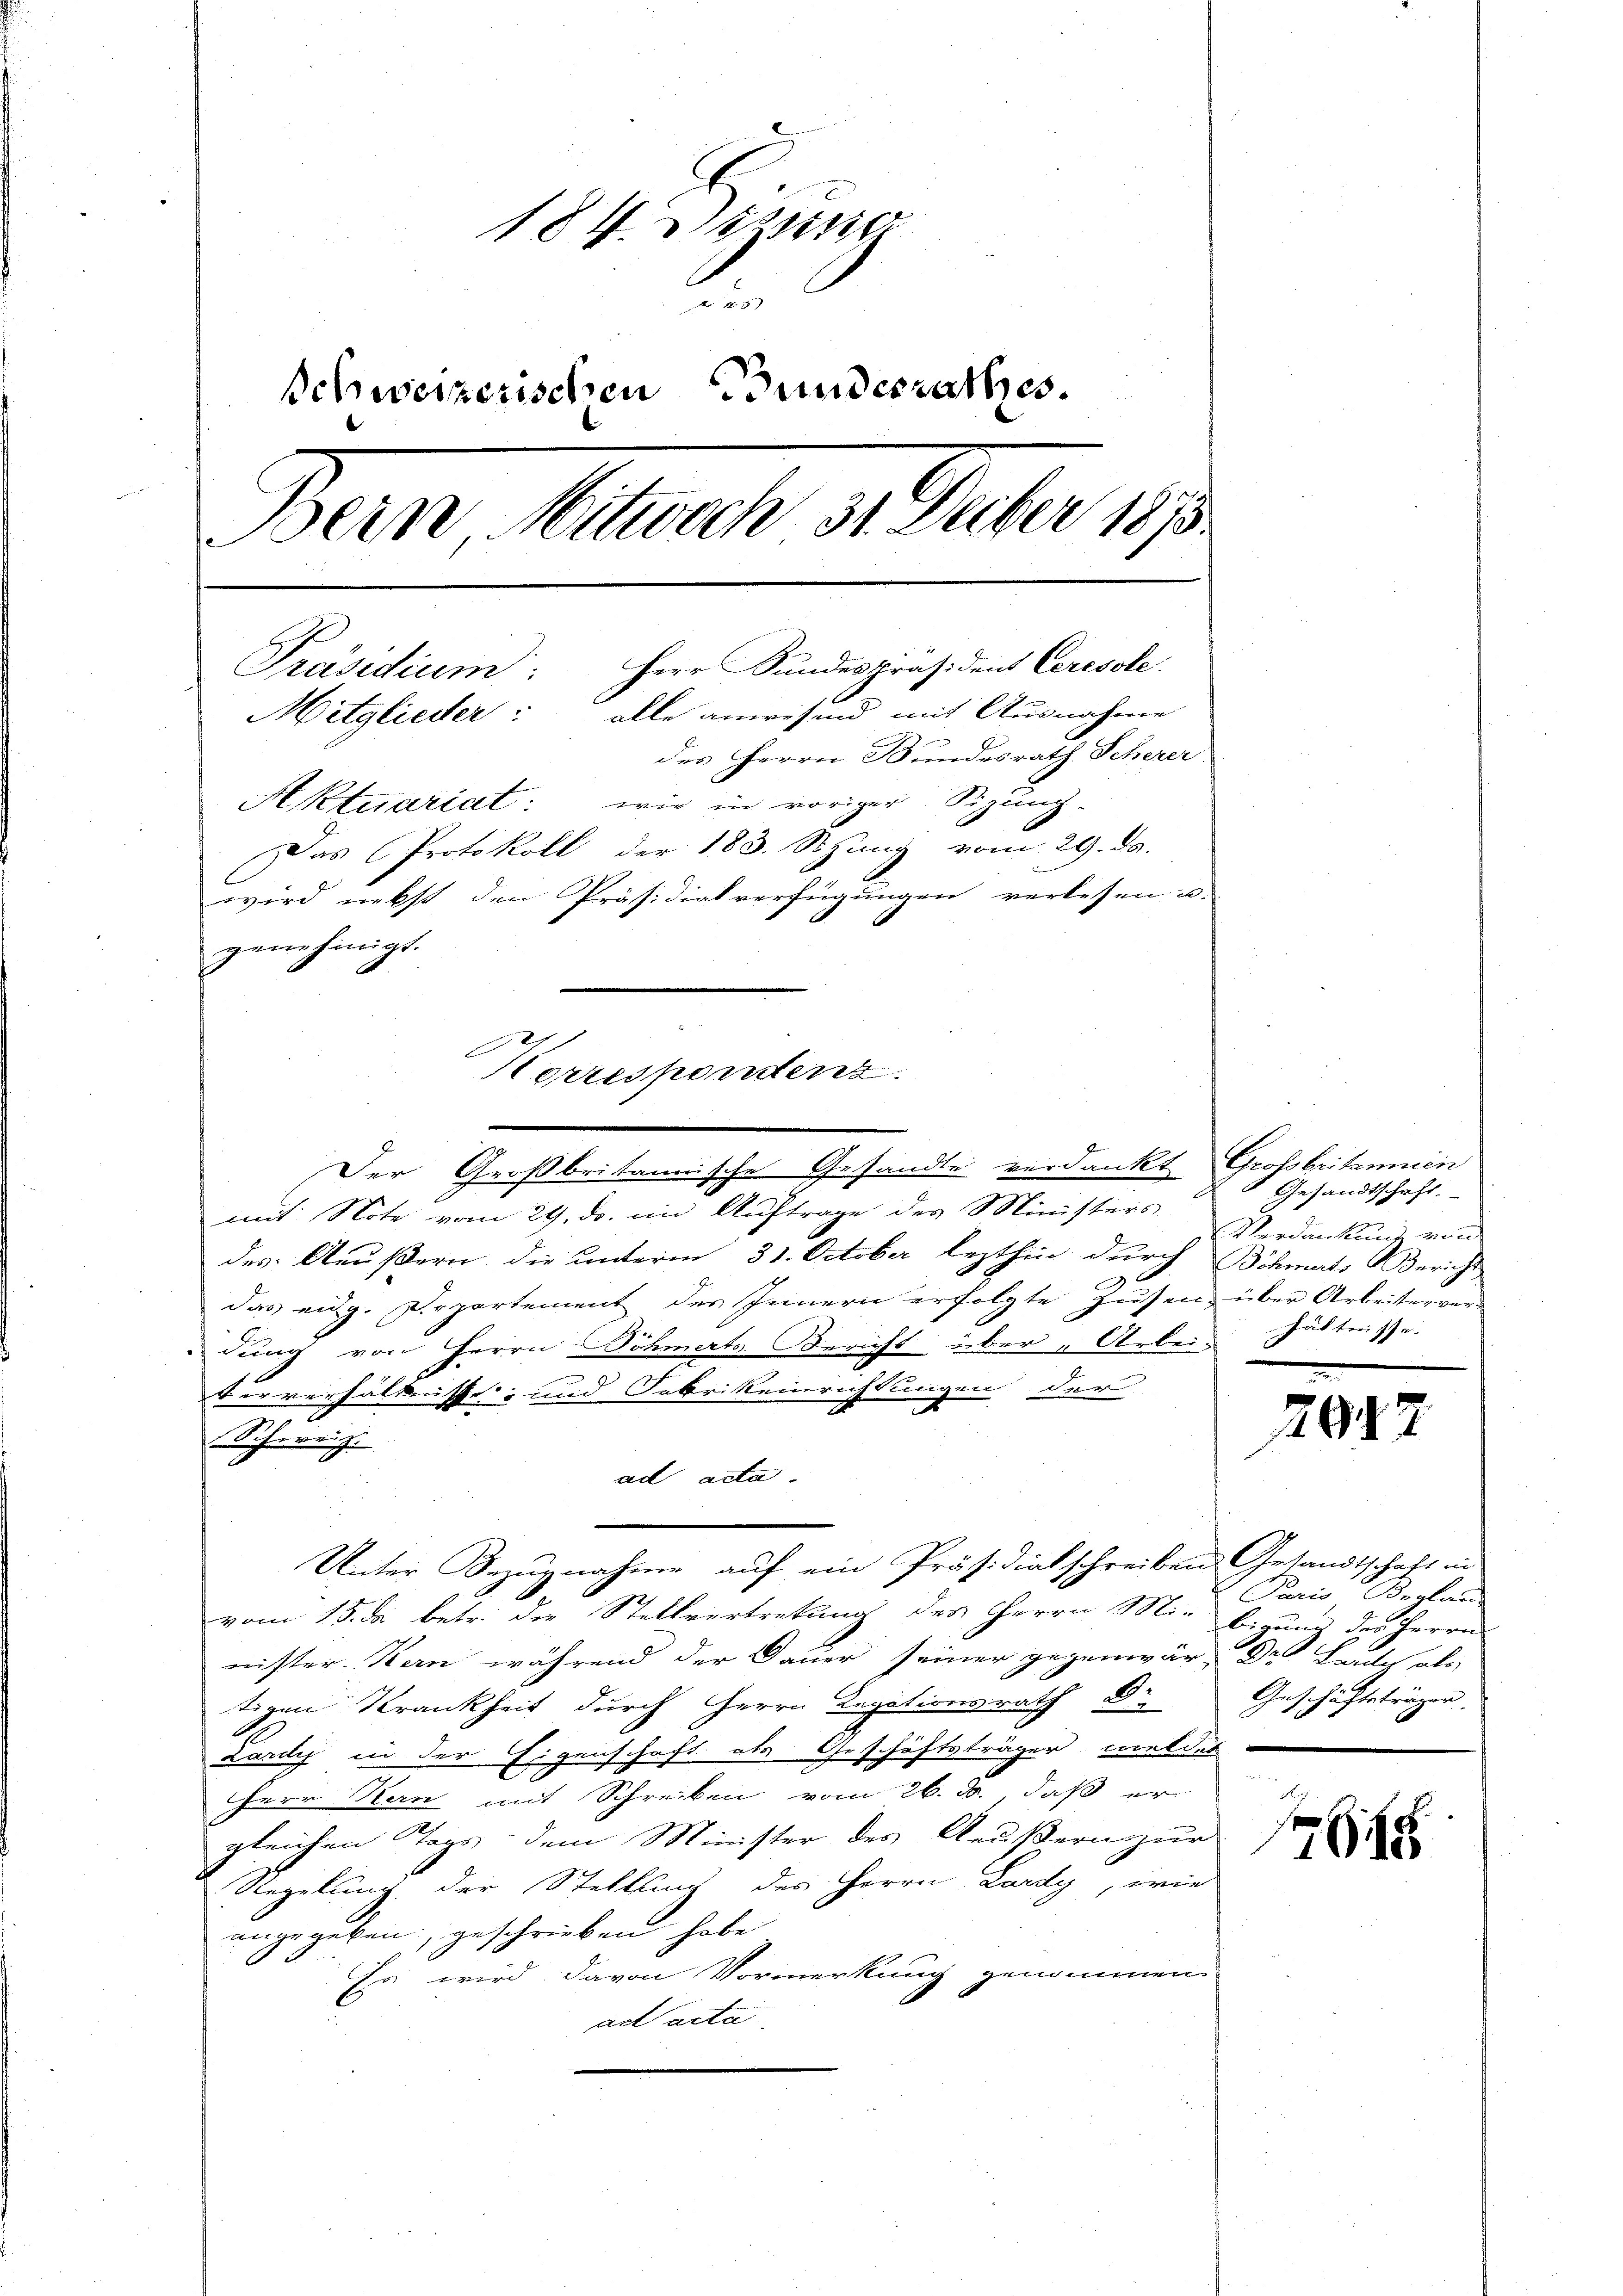
184. Deze
 12 x
schweizerischen Bundesrathes.
Bern Mitwoch 31. Decber 1873.
Präsidium. Herr Sŭndespräsident Ceresole.
Mitglieder: alle anwesend mit Ausnahme
des Herrn Bundesrath Scherer
Aktuariat: wie in voriger Sizung-
Das Protokoll der 183. Stzung vom 29. ds.
wird nebst den Präsidialverfügungen verlesen u.
genehmigt.

Korrespondenz.

Der Großbritannische Gesandte verdankt Großbritannien
mit Note vom 29. ds. im Auftrage des Ministers
des Aeußern, die unterm 31. October lezthin durch Schmals Bericht,
das eidg. Departement des Innern erfolgte Zusen, über Arbeiterverdung von Herrn Böhmerts Bericht über „Arbeiververhältnisse und Fabrikeinrichtungen der
Schweiz.
ad acta.
vom 15. da betr. der Stellvertretung des Herrn Mir b. der Herrn
nister. Kern während der Dauer seiner gegenwär-Dr Baulich als
tigen Krankheit durch Herrn Legationsrath Dr Geschäftsträger,
Lardy in der Eigenschaft als Geschäftsträger meldet

Herr Kern mit Schreiben vom 26. ds., daß er
gleichen Tags dem Minister des Aeußern zur
Regelung der Stellung des Herrn Lardy, wie
angegeben, geschrieben habe
Es wird davon Vormerkung genommen.
ad acta

Unter Bezugnahme auf ein Präsidialschreiben Gesandtschaft in

1 Gesandtschaft.
Verdankung von
hätten se

2042

Paris Verlan

17678